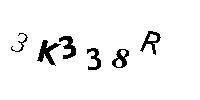
3K338R